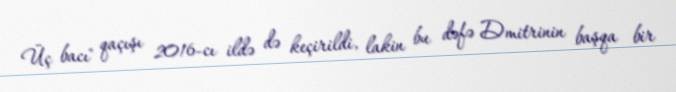
Üç bacı" qaçışı 2016-cı ildə də keçirildi, lakin bu dəfə Dmitrinin başqa bir